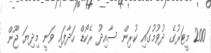
200 މީޓަރުގެ ދުވުމުގައި ކުރިން ސާއިދު ރެކޯޑް ހަދާފައި ވަނީ މިދިޔަ ޖޫން